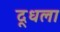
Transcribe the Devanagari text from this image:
दूधला